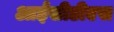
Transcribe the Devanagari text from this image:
आईसीडीएस